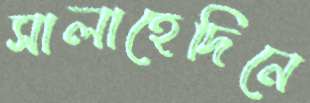
সালাহেদিনে